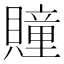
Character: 𧸌